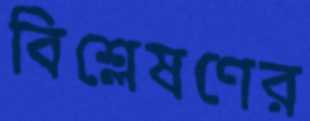
বিশ্লেষণের